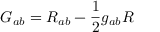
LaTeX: \displaystyle G _ { a b } = R _ { a b } - { \frac { 1 } { 2 } } g _ { a b } R